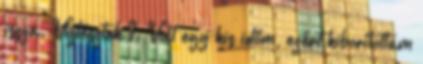
issza. Víztesztek I. Volt egy kis időm, ezért kiborítottam